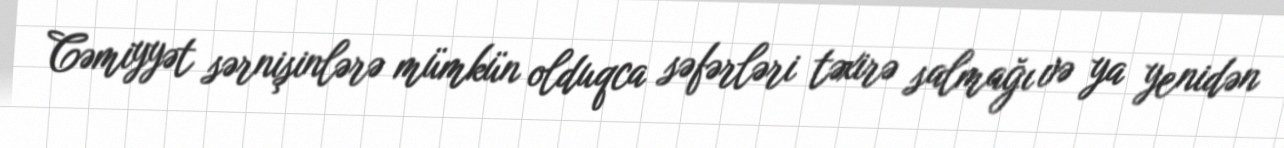
Cəmiyyət sərnişinlərə mümkün olduqca səfərləri təxirə salmağı və ya yenidən